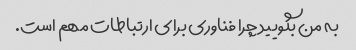
به من بگویید چرا فناوری برای ارتباطات مهم است.